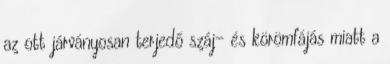
az ott járványosan terjedő száj- és körömfájás miatt a